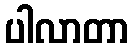
ပါလာတာ